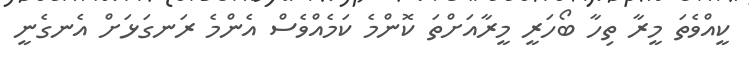
ކީއްވެތަ މީރާ ތިހާ ބޯހަރީ މީރާއަށްތަ ކޮންމެ ކަމެއްވެސް އެންމެ ރަނގަޅަށް އެނގެނީ